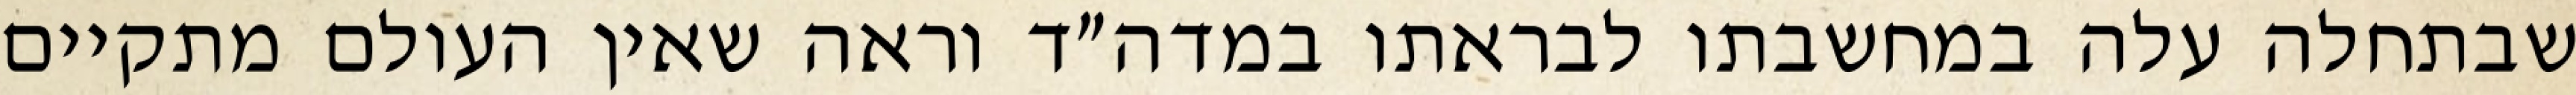
שבתחלה עלה במחשבתו לבראתו במדה״ד וראה שאין העולם מתקיים